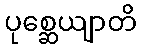
ပုစ္ဆေယျာတိ